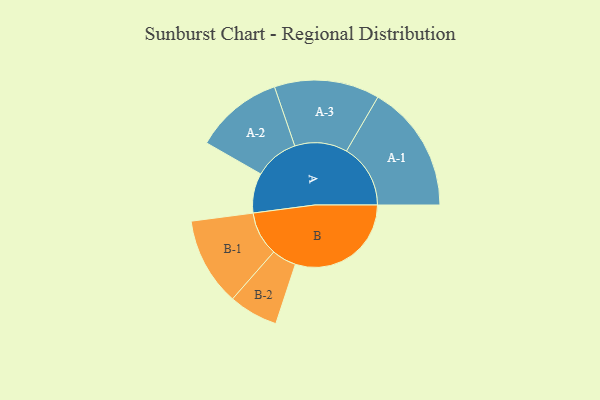
{"axis": {"x": "Segment", "y": "Value"}, "legend": ["", "A", "B"], "data": [{"x": "A", "y": 165, "type": ""}, {"x": "B", "y": 480, "type": ""}, {"x": "A-1", "y": 265, "type": "A"}, {"x": "A-2", "y": 183, "type": "A"}, {"x": "A-3", "y": 218, "type": "A"}, {"x": "B-1", "y": 183, "type": "B"}, {"x": "B-2", "y": 102, "type": "B"}]}